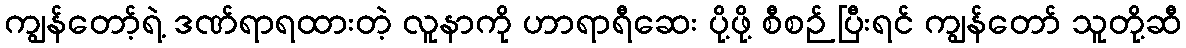
ကျွန်တော့်ရဲ့ ဒဏ်ရာရထားတဲ့ လူနာကို ဟာရာရီဆေး ပို့ဖို့ စီစဉ် ပြီးရင် ကျွန်တော် သူတို့ဆီ